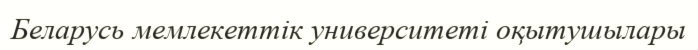
Беларусь мемлекеттік университеті оқытушылары